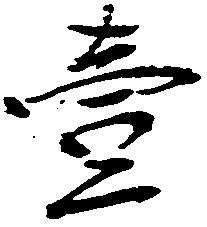
壱